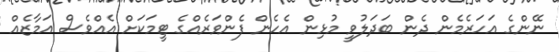
ނޭންގެ އަހަރެމެން ދެން ބަދަލުވީ މުޅިން އެހެން ފެންވަރެއްގެ ޓީމަކަށް އެއްވެސް އަމާޒެއް